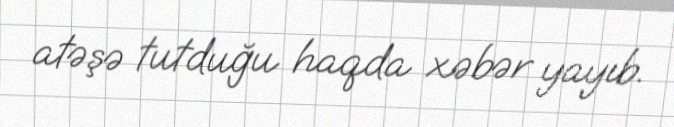
atəşə tutduğu haqda xəbər yayıb.